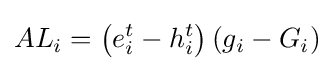
AL_{i}=\left(e_{i}^{t}-h_{i}^{t}\right)\left(g_{i}-G_{i}\right)